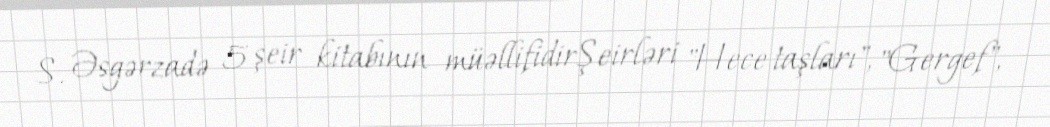
S. Əsgərzadə 5 şeir kitabının müəllifidirŞeirləri "Hece taşları", "Gergef",